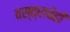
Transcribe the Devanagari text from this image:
वस्त्राचेही